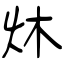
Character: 炑